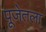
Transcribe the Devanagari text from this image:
पूजेतला